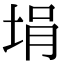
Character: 埍